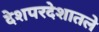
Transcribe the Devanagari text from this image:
देशपरदेशातले